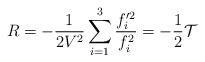
LaTeX: \begin{align*}R= - \frac{1}{2 V^2} \sum_{i=1}^3 \frac{f_i'^2}{f_i^2}= -\frac{1}{2}\mathcal{T}\end{align*}